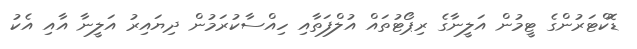
ޑޮކްޓަރުންގެ ޓީމުން އަލީނާގެ ރިޕޯޓުތައް އުލްފަތާއި ހިއްސާކުރަމުން ދިޔައިރު އަލީނާ އާއި އެކު